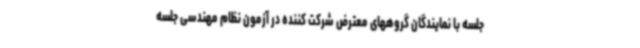
جلسه با نمایندگان گروههای معترض شرکت کننده در آزمون نظام مهندسی جلسه